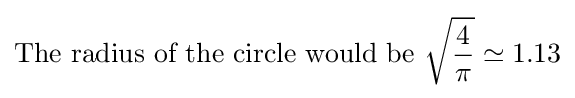
{\mbox{The radius of the circle would be }}{\sqrt {\frac {4}{\pi }}}\simeq 1.13